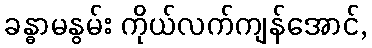
ခန္ဓာမနွမ်း ကိုယ်လက်ကျန်အောင်,